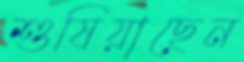
শুষিয়াছেন